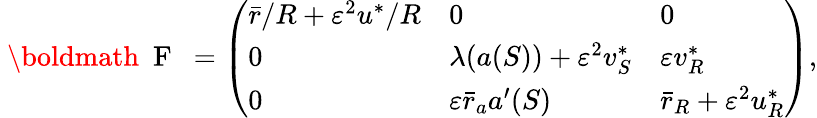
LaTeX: \begin{array}{r}{\mathrm{~\boldmath~{~F~}~}=\left(\begin{array}{lll}{{\bar{r}}/{R}+\varepsilon^{2}{u^{*}}/{R}}&{0}&{0}\\ {0}&{\lambda({a}(S))+\varepsilon^{2}v_{S}^{*}}&{\varepsilon v_{R}^{*}}\\ {0}&{\varepsilon\bar{r}_{a}{a}^{\prime}(S)}&{\bar{r}_{R}+\varepsilon^{2}u_{R}^{*}}\end{array}\right),}\end{array}